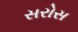
સરોસ